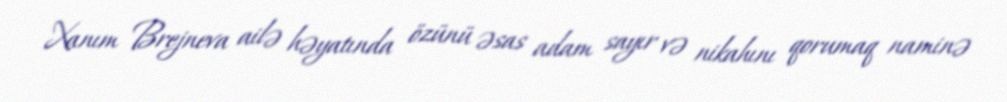
Xanım Brejneva ailə həyatında özünü əsas adam sayır və nikahını qorumaq naminə